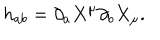
h _ { a b } = \partial _ { a } X ^ { \mu } \partial _ { b } X _ { \mu } .